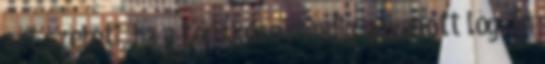
azt szereti, ha a törülköző mindig ugyanott lóg. Én